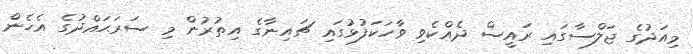
މިއަދުގެ ޖަލްސާގައި ރައީސް ދެއްކެވި ވާހަކަފުޅުގައި ޗައިނާގެ އިތުރުން މި ސަރަޙައްދުގެ އެހެން